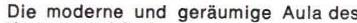
Die moderne und geräumige Aula des